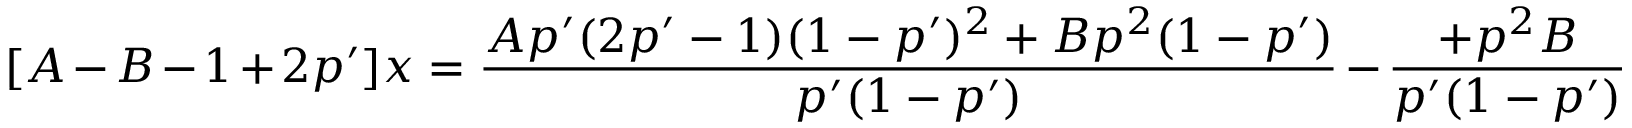
[ A - B - 1 + 2 p ^ { \prime } ] x = \frac { A p ^ { \prime } ( 2 p ^ { \prime } - 1 ) ( 1 - p ^ { \prime } ) ^ { 2 } + B p ^ { 2 } ( 1 - p ^ { \prime } ) } { p ^ { \prime } ( 1 - p ^ { \prime } ) } - \frac { + p ^ { 2 } B } { p ^ { \prime } ( 1 - p ^ { \prime } ) }